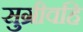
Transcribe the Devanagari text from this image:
सुग्रीवहि